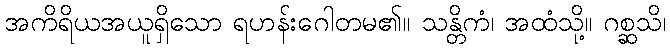
အကိရိယအယူရှိသော ရဟန်းဂေါတမ၏။ သန္တိကံ၊ အထံသို့။ ဂစ္ဆသိ၊